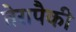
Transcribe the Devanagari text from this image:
तेरापैकी